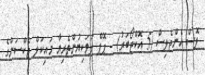
ލޮސް އެންޖެލިސް (5 އޮކްޓޯބަރު) - ޕޮޕް ލަވަކިޔުންތެރިޔާ މައިކަލް ޖެކްސަންގެ